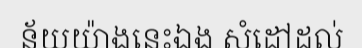
ន័យយ៉ាងនេះឯង សំដៅដល់